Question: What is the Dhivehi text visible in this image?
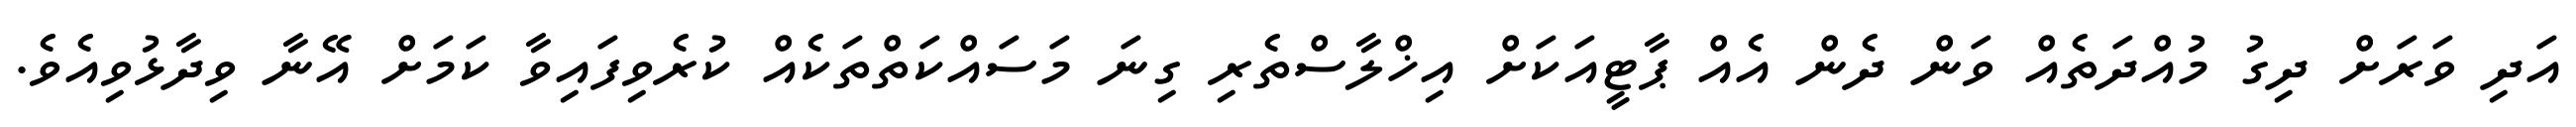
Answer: އަދި ވަރަށް ދިގު މުއްދަތެއް ވަން ދެން އެއް ޕާޓީއަކަށް އިޚްލާސްތެރި ގިނަ މަސައްކަތްތަކެއް ކުރެވިފައިވާ ކަމަށް އޭނާ ވިދާޅުވިއެވެ.